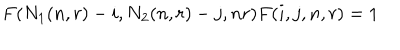
F ( N _ { 1 } ( n , r ) - i , N _ { 2 } ( n , r ) - j , n r ) F ( i , j , n , r ) = 1